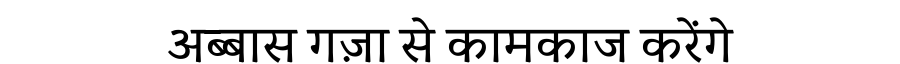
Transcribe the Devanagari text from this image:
अब्बास गज़ा से कामकाज करेंगे